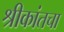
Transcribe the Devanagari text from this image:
श्रीकांतचा